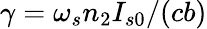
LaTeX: \gamma=\omega_{s}n_{2}I_{s0}/(cb)